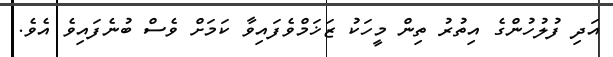
އަދި ފުލުހުންގެ އިތުރު ތިން މީހަކު ޒަޚަމްވެފައިވާ ކަމަށް ވެސް ބުނެފައިވެ އެވެ.